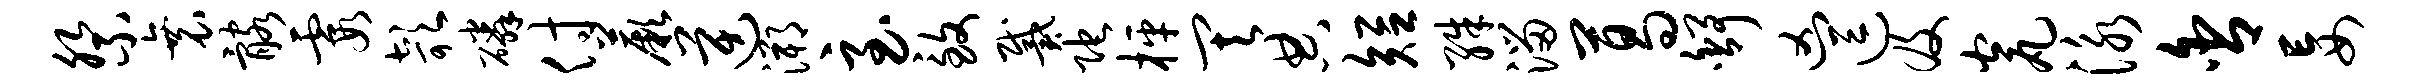
祭衰髂霞欹磷付蕨逆溯至致戴陀枰其典短殊溜葛舒凶逗及瓮泳舍妄